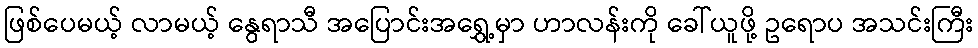
ဖြစ်ပေမယ့် လာမယ့် နွေရာသီ အပြောင်းအရွှေ့မှာ ဟာလန်းကို ခေါ်ယူဖို့ ဥရောပ အသင်းကြီး